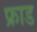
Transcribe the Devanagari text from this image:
फ्राड